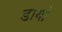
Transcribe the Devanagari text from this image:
डायो